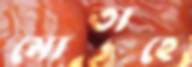
মোতাহে